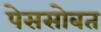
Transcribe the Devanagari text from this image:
पेससोबत